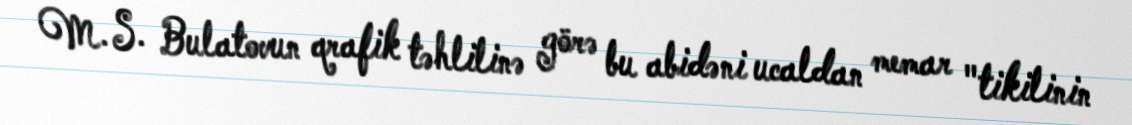
M. S. Bulatovun qrafik təhlilinə görə bu abidəni ucaldan memar "tikilinin